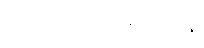
ပဿာမိဿာနုဘာဝန္တိ